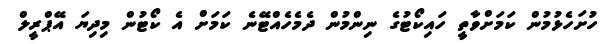
ހުށަހެޅުމުން ކަމަށްވާތީ ހައިކޯޓުގެ ނިންމުން ދެމެހެއްޓޭނެ ކަމަށް އެ ކޯޓުން މިދިޔަ އޭޕްރީލް